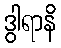
ဒွါရာနိ